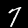
Digit: 7